Lunatic asylums Central Provinces reports 1886-1894 - 1886-1894
Year: 1886
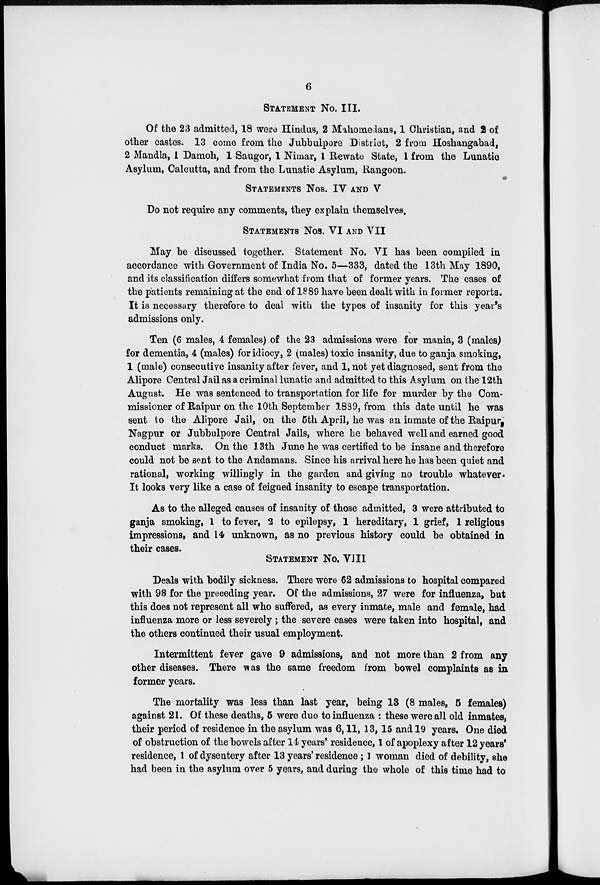
6
STATEMENT NO. III.
Of the 23 admitted, 18 were Hindus, 2 Mahomedans, 1 Christian, and 2 of
other castes. 13 come from the Jubbulpore District, 2 from Hoshangabad,
2 Mandla, 1 Damoh, 1 Saugor, 1 Nimar, 1 Rewate State, 1 from the Lunatic
Asylum, Calcutta, and from the Lunatic Asylum, Rangoon.
STATEMENTS NOS. IV AND V
Do not require any comments, they explain themselves.
STATEMENTS NOS. VI AND VII
May be discussed together. Statement No. VI has been compiled in
accordance with Government of India No. 5—333, dated the 13th May 1890,
and its classification differs somewhat from that of former years. The cases of
the patients remaining at the end of 1889 have been dealt with in former reports.
It is necessary therefore to deal with the types of insanity for this year's
admissions only.
Ten (6 males, 4 females) of the 23 admissions were for mania, 3 (males)
for dementia, 4 (males) for idiocy, 2 (males) toxic insanity, due to ganja smoking,
1 (male) consecutive insanity after fever, and 1, not yet diagnosed, sent from the
Alipore Central Jail as a criminal lunatic and admitted to this Asylum on the 12th
August. He was sentenced to transportation for life for murder by the Com-
missioner of Raipur on the 10th September 1889, from this date until he was
sent to the Alipore Jail, on the 5th April, he was an inmate of the Raipur,
Nagpur or Jubbulpore Central Jails, where he behaved well and earned good
conduct marks. On the 13th June he was certified to be insane and therefore
could not be sent to the Andamans. Since his arrival here he has been quiet and
rational, working willingly in the garden and giving no trouble whatever .
It looks very like a case of feigned insanity to escape transportation.
As to the alleged causes of insanity of those admitted, 3 were attributed to
ganja smoking, 1 to fever, 2 to epilepsy, 1 hereditary, 1 grief, 1 religious
impressions, and 14 unknown, as no previous history could be obtained in
their cases.
STATEMENT No. VIII
Deals with bodily sickness. There were 62 admissions to hospital compared
with 98 for the preceding year. Of the admissions, 27 were for influenza, but
this does not represent all who suffered, as every inmate, male and female, had
influenza more or less severely ; the severe cases were taken into hospital, and
the others continued their usual employment.
Intermittent fever gave 9 admissions, and not more than 2 from any
other diseases. There was the same freedom from bowel complaints as in
former years.
The mortality was less than last year, being 13 (8 males, 5 females)
against 21. Of these deaths, 5 were due to influenza : these were all old inmates,
their period of residence in the asylum was 6,11, 13, 15 and 19 years. One died
of obstruction of the bowels after 14 years' residence, 1 of apoplexy after 12 years'
residence, 1 of dysentery after 13 years' residence ; 1 woman died of debility, she
had been in the asylum over 5 years, and during the whole of this time had to